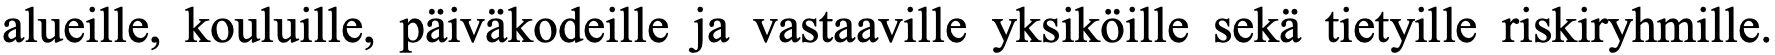
alueille, kouluille, päiväkodeille ja vastaaville yksiköille sekä tietyille riskiryhmille.